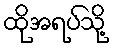
ထိုအရပ်သို့